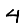
Digit: 4